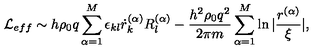
{ \mathcal L } _ { e f f } \sim h \rho _ { 0 } q \sum _ { \alpha = 1 } ^ { M } \epsilon _ { k l } \dot { r } _ { k } ^ { ( \alpha ) } R _ { l } ^ { ( \alpha ) } - \frac { h ^ { 2 } \rho _ { 0 } q ^ { 2 } } { 2 \pi m } \sum _ { \alpha = 1 } ^ { M } \ln | \frac { r ^ { ( \alpha ) } } { \xi } | ,